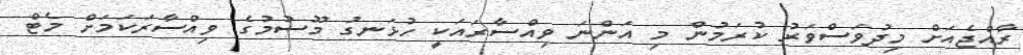
ރާއްޖެއަށް މިދުވަސްވަރު ކުރަމުން މި އަންނަ ވިއްސާރައަކީ ހުޅަނގު މޫސުމުގެ ވިއްސާރަކަމަށް މެޓް